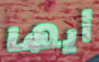
أيها